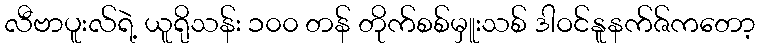
လီဗာပူးလ်ရဲ့ ယူရိုသန်း ၁၀၀ တန် တိုက်စစ်မှူးသစ် ဒါဝင်နူနက်ဇ်ကတော့